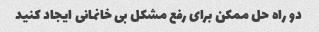
دو راه حل ممکن برای رفع مشکل بی خانمانی ایجاد کنید